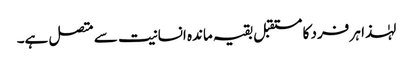
لہٰذا ہر فرد کا مستقبل بقیہ ماندہ انسانیت سے متصل ہے۔